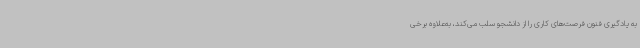
به یادگیری فنون فرصت‌های کاری را از دانشجو سلب می‌کند، به‌علاوه برخی